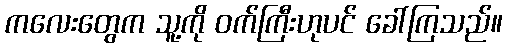
ကလေးတွေက သူ့ကို ဝက်ကြီးဟုပင် ခေါ်ကြသည်။